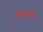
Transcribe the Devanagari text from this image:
पेयालवार